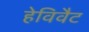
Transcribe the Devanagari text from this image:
हेविवैट